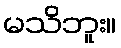
မသိဘူး။